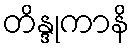
တိန္ဒုကာနိ